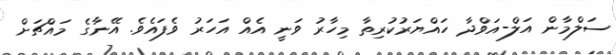
ސަލްމާން އަލް-އަވްދާ ހައްޔަރުކުރިތާ މިހާރު ވަނީ އެއް އަހަރު ވެފައެވެ. އޭނާގެ މައްޗަށް